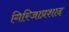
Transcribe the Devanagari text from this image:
गिरिजाप्रशाद